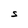
Character: S